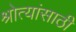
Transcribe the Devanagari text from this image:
श्रोत्यांसाठी